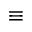
\equiv